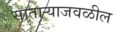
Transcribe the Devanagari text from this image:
साताऱ्याजवळील